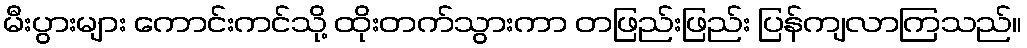
မီးပွားများ ကောင်းကင်သို့ ထိုးတက်သွားကာ တဖြည်းဖြည်း ပြန်ကျလာကြသည်။